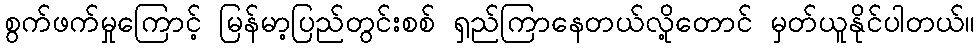
စွက်ဖက်မှုကြောင့် မြန်မာ့ပြည်တွင်းစစ် ရှည်ကြာနေတယ်လို့တောင် မှတ်ယူနိုင်ပါတယ်။